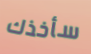
سأخذك